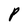
Character: P